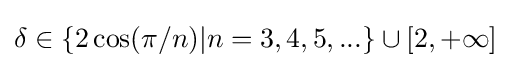
\delta \in \{2\cos(\pi /n)|n=3,4,5,...\}\cup [2,+\infty ]